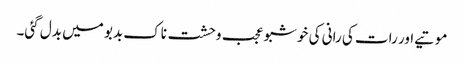
موتیے اور رات کی رانی کی خوشبو عجب وحشت ناک بدبو میں بدل گئی۔